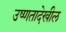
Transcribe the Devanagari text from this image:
उष्णतादेखील